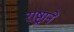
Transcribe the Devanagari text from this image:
राष्ट्रानेे